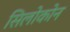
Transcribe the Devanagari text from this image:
सिलोकोन